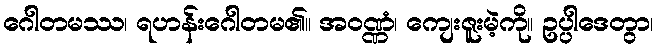
ဂေါတမဿ၊ ရဟန်းဂေါတမ၏။ အဝဏ္ဏံ၊ ကျေးဇူးမဲ့ကို။ ဥပ္ပါဒေတွာ၊